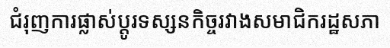
ជំរុញការផ្លាស់ប្តូរទស្សនកិច្ចរវាងសមាជិករដ្ឋសភា